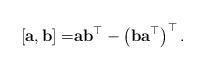
LaTeX: \begin{align*}[\mathbf{a},\mathbf{b}] = & \mathbf{a}\mathbf{b}^{\top} - \left(\mathbf{b}\mathbf{a}^{\top}\right)^{\top}.\end{align*}